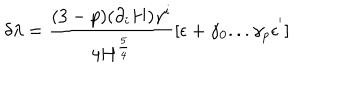
\delta \lambda = { \frac { ( 3 - p ) ( \partial _ { i } H ) \gamma ^ { i } } { 4 H ^ { \frac { 5 } { 4 } } } } [ \epsilon + \gamma _ { 0 } . . . \gamma _ { p } \epsilon ^ { ' } ]